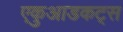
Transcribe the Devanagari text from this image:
एकुआडकट्स